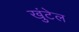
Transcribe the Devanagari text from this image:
खुंटेल